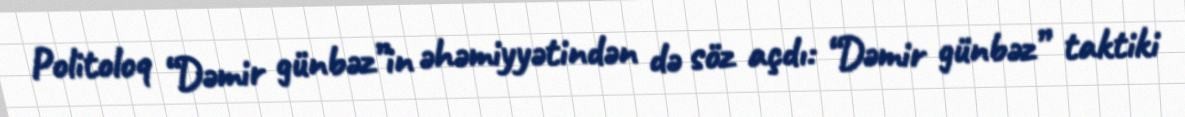
Politoloq “Dəmir günbəz”in əhəmiyyətindən də söz açdı: “Dəmir günbəz” taktiki